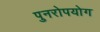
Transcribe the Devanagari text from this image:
पुनरोपयोग